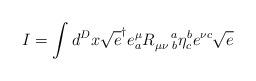
LaTeX: \begin{align*}I=\int d^{D}x\sqrt{e}^{\dagger }e_{a}^{\mu }R_{\mu \nu \,\,b}^{\quad a}\eta_{c}^{b}e^{\nu c}\sqrt{e}\end{align*}